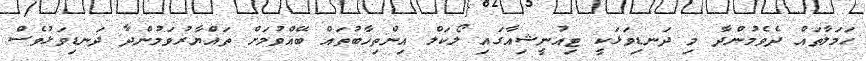
ހަމަލާތައް ދެވެމުންދާ މި ދަނޑިވަޅަކީ ޓިއުނީޝިއާގައި ލޯކަލް އިންތިޚާބުތައް ބޭއްވުމަށް ތައްޔާރުވަމުންދާ ދަނޑިވަޅުވެސް